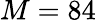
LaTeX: M=84